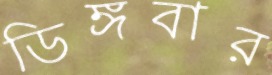
ডিঙ্গবার